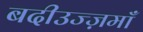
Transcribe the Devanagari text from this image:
बदीउज्ज़माँ